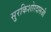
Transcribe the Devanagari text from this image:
सुरकिशोरदासजी